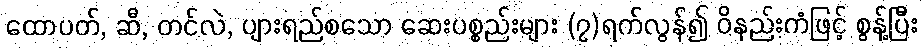
ထောပတ်, ဆီ, တင်လဲ, ပျားရည်စသော ဆေးပစ္စည်းများ (၇)ရက်လွန်၍ ဝိနည်းကံဖြင့် စွန့်ပြီး